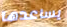
يساعدها